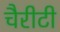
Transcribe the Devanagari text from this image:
चैरीटी